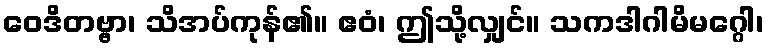
ဝေဒိတဗ္ဗာ၊ သိအပ်ကုန်၏။ ဧဝံ၊ ဤသို့လျှင်။ သကဒါဂါမိမဂ္ဂေါ၊